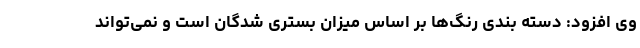
وی افزود: دسته بندی رنگ‌ها بر اساس میزان بستری شدگان است و نمی‌تواند